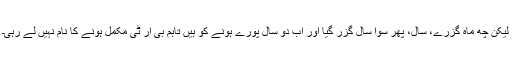
لیکن چھ ماہ گزرے، سال، پھر سوا سال گزر گیا اور اب دو سال پورے ہونے کو ہیں تاہم بی آر ٹی مکمل ہونے کا نام نہیں لے رہی۔